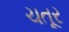
ચતૂર